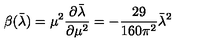
\beta ( \bar { \lambda } ) = \mu ^ { 2 } \frac { \partial \bar { \lambda } } { \partial \mu ^ { 2 } } = - \frac { 2 9 } { 1 6 0 \pi ^ { 2 } } \bar { \lambda } ^ { 2 }